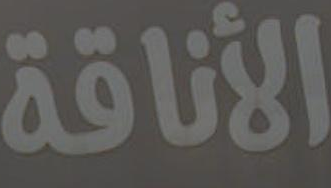
الأناقة